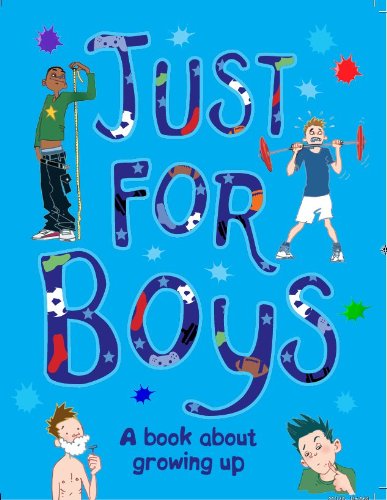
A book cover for Just For Boys: A Book About Growing Up; Parragon Books; Parenting & Relationships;